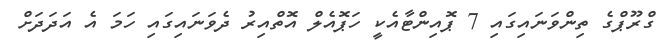
ގްރޫޕްގެ ތިންވަނައިގައި 7 ޕޮއިންޓާއެކީ ހަޕޮއެލް އޮތްއިރު ދެވަނައިގައި ހަމަ އެ އަދަދަށް